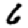
Digit: 6